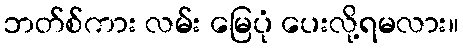
ဘတ်စ်ကား လမ်း မြေပုံ ပေးလို့ရမလား။